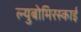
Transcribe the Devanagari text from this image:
ल्युबोमिरस्काई